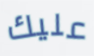
عليك